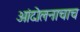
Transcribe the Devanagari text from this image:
आंदोलनाचाच